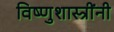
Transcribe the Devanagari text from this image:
विष्णुशास्त्रींनी